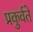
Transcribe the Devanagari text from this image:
प्रकुर्वते